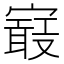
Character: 𡫉